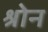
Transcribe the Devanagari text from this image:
श्रोन